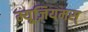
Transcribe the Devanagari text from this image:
म्यूज़ियमस्